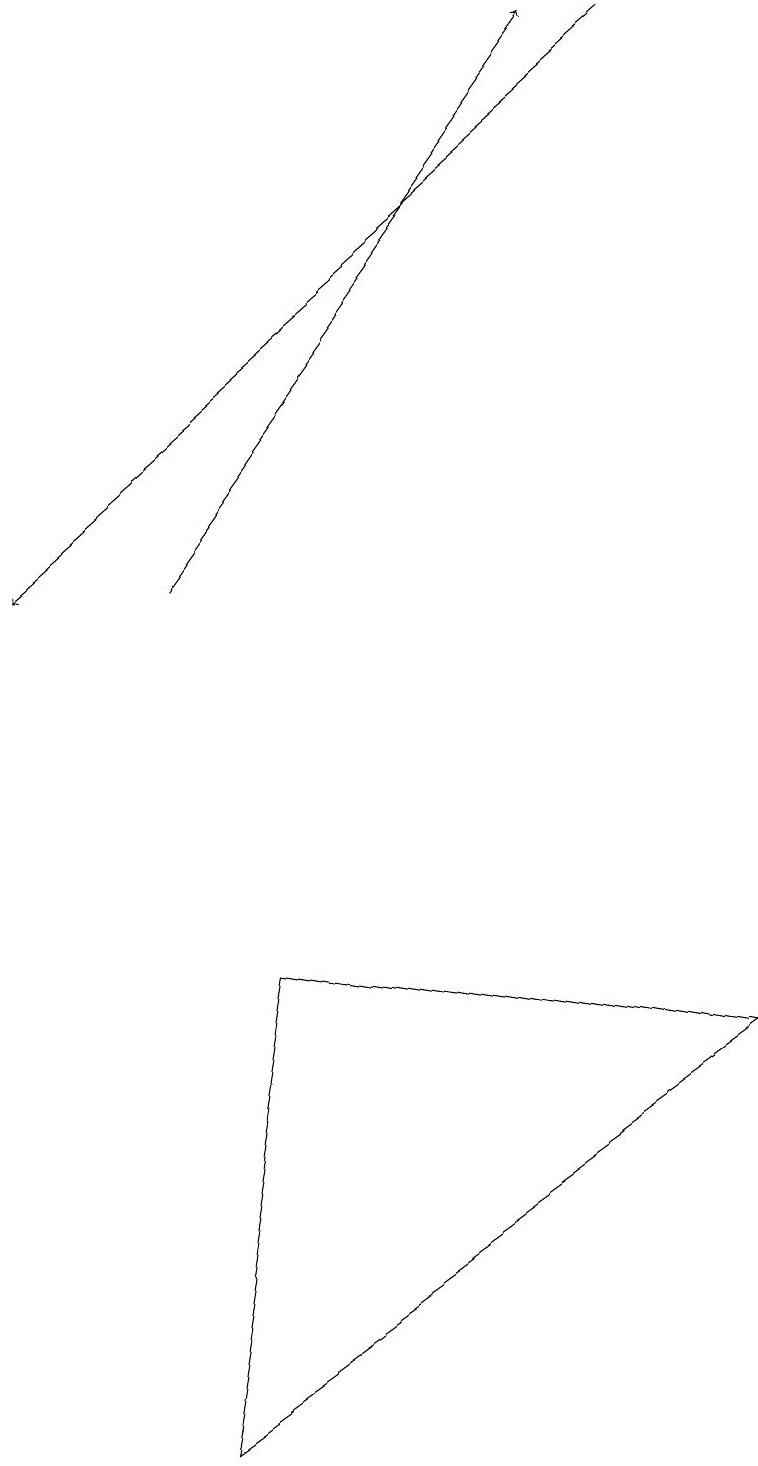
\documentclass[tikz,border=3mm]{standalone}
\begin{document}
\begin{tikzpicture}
\draw[->] (8,18) -- (0,11);
\draw[->] (2,11) -- (7,18);
\draw (9,5) -- (2,0) -- (3,6) -- cycle;
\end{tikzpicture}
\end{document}